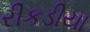
રીકડીયા